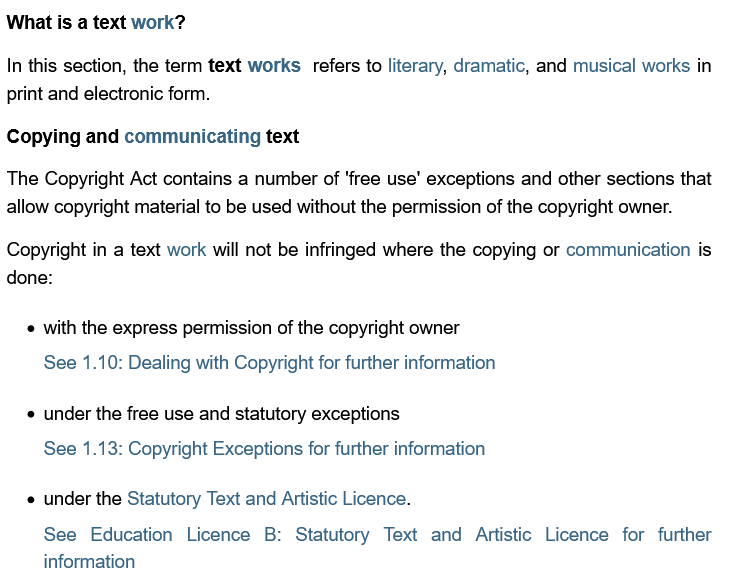
What is a text work?
  In this section, the term text works refers to literary, dramatic, and musical works in
  print and electronic form.
  Copying and communicating text
  The Copyright Act contains a number of ‘free use’ exceptions and other sections that
  allow copyright material to be used without the permission of the copyright owner.
  Copyright in a text work will not be infringed where the copying or communication is
  done:
     with the express permission of the copyright owner
     See 1.10: Dealing with Copyright for further information
     under the free use and statutory exceptions
     See 1.13: Copyright Exceptions for further information
     under the Statutory lext and Artistic Licence.
     See  Education Licence B: Statutory Text and Artistic Licence for furthe
     information